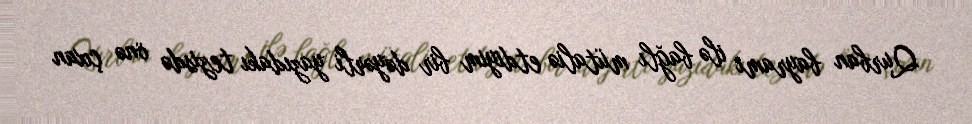
Qurban bayramı ilə bağlı mütaliə etdiyim bir dəyərli yazıdakı tezisdə önə çıxan